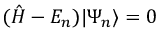
( { \hat { H } } - E _ { n } ) | \Psi _ { n } \rangle = 0